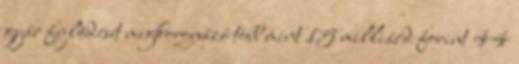
gyár fejlôdését megkoronázó több mint 15 milliárd forint 44